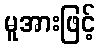
မူအားဖြင့်